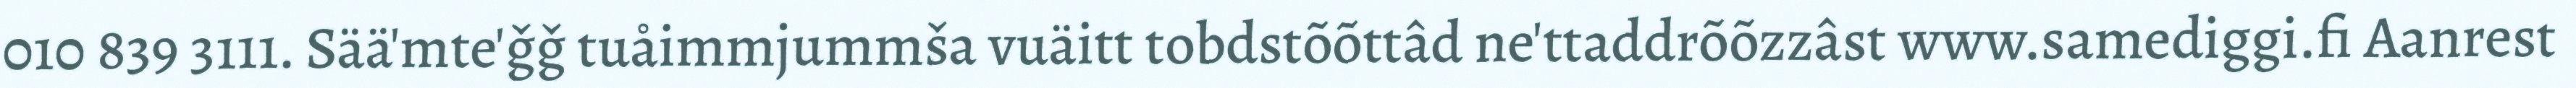
010 839 3111. Sää'mte'ǧǧ tuåimmjummša vuäitt tobdstõõttâd ne'ttaddrõõzzâst www.samediggi.fi Aanrest